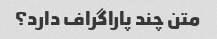
متن چند پاراگراف دارد؟